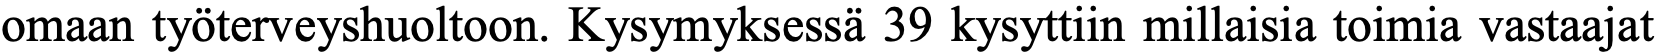
omaan työterveyshuoltoon. Kysymyksessä 39 kysyttiin millaisia toimia vastaajat